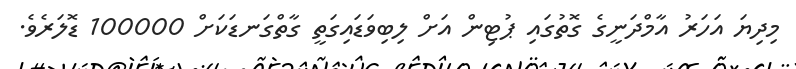
މިދިޔަ އަހަރު އާމްދަނީގެ ގޮތުގައި ޕުޓިން އަށް ލިބިވަޑައިގަތީ ގާތްގަނޑަކަށް 100000 ޑޮލަރެވެ.